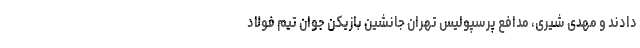
دادند و مهدی شیری، مدافع پرسپولیس تهران جانشین بازیکن جوان تیم فولاد